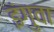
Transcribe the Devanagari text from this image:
इंगुवा